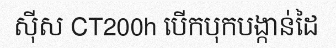
ស៊ីស CT200h បើកបុកបង្កាន់ដៃ